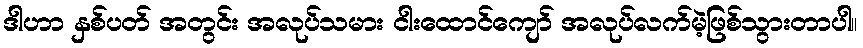
ဒါဟာ နှစ်ပတ် အတွင်း အလုပ်သမား ငါးထောင်ကျော် အလုပ်လက်မဲ့ဖြစ်သွားတာပါ။